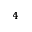
^ 4